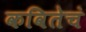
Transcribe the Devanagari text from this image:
कवितेचं